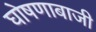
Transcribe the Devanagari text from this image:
घोषणाबाजी